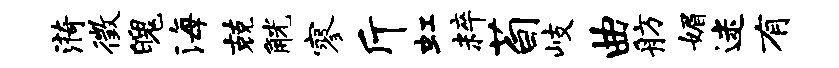
漪徵魄海兢觥寥斤虹粹荀岐曲舫媚迷有